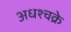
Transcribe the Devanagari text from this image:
अधश्चक्रे